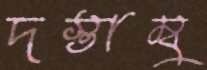
দস্তাম্বু